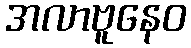
အလာဗူနေဝ